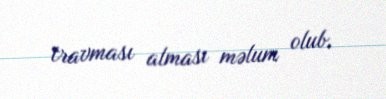
travması alması məlum olub.